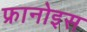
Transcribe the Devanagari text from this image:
फ्रानोइस